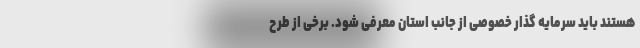
هستند باید سرمایه گذار خصوصی از جانب استان معرفی شود. برخی از طرح